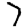
Digit: 7